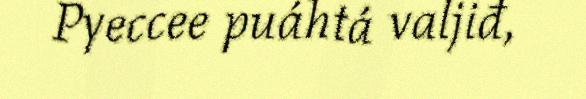
Pyeccee puáhtá valjiđ,